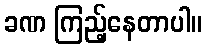
ခဏ ကြည့်နေတာပါ။